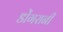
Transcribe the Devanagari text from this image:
डोंगरानी